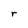
Character: r